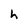
Character: h